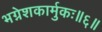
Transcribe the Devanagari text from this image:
भग्नेशकार्मुकः॥६॥